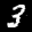
Label: 3